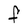
Character: F